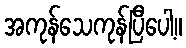
အကုန်သေကုန်ပြီပေါ့။